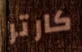
كارتر